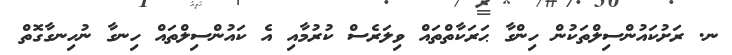
ނ. ރަށުކައުންސިލްތަކުން ހިންގާ ޙަރަކާތްތައް ވިލަރެސް ކުރުމާއި އެ ކައުންސިލްތައް ހިނގާ ނުހިނގާގޮތް